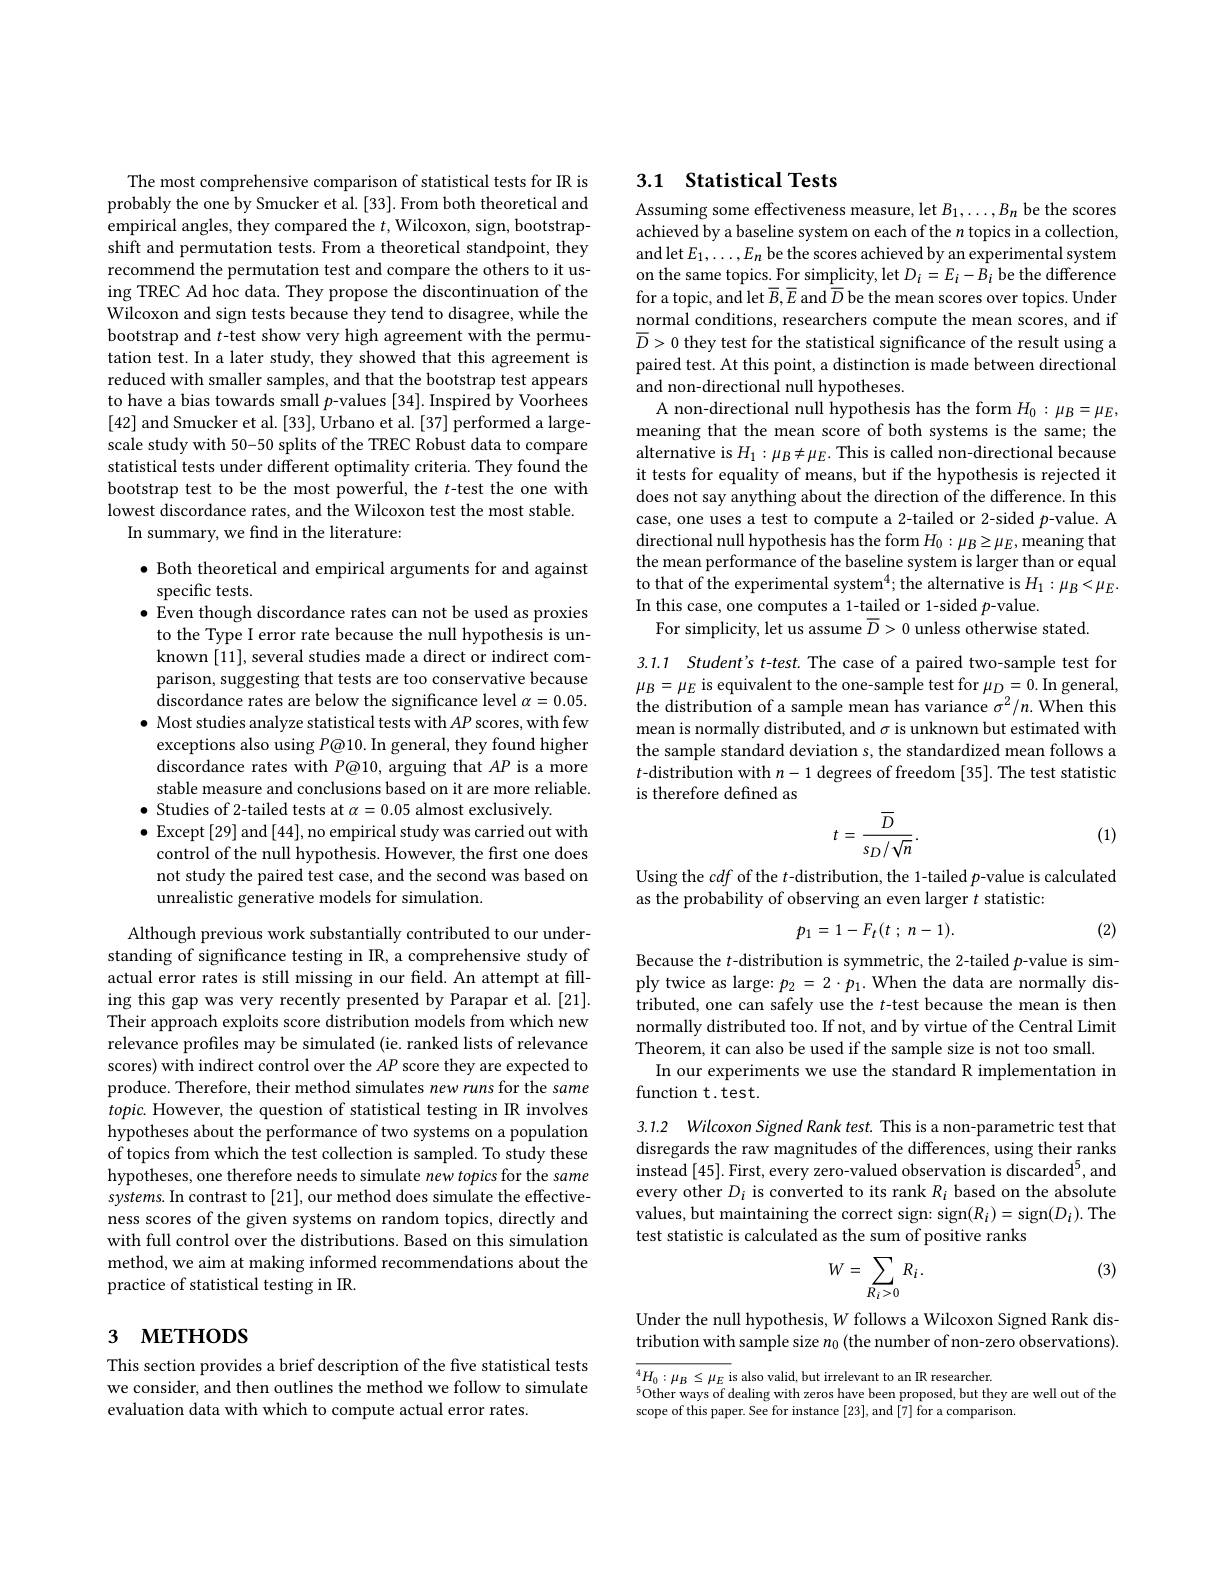
The most comprehensive comparison of statistical tests for IR is probably the one by Smucker et al. [33]. From both theoretical and empirical angles, they compared the $t$,Wilcoxon, sign, bootstrapshift and permutation tests. From a theoretical standpoint, they recommend the permutation test and compare the others to it using TREC Ad hoc data. They propose the discontinuation of the Wilcoxon and sign tests because they tend to disagree, while the bootstrap and t-test show very high agreement with the permutation test. In a later study, they showed that this agreement is reduced with smaller samples, and that the bootstrap test appears to have a bias towards small $p$-values [34]. Inspired by Voorhees [42] and Smucker et al. [33], Urbano et al. [37] performed a largescale study with 50-50 splits of the TREC Robust data to compare statistical tests under different optimality criteria. They found the bootstrap test to be the most powerful, the $t$-test the one with lowest discordance rates, and the Wilcoxon test the most stable.
In summary, we find in the literature:

$\bullet$ Both theoretical and empirical arguments for and against
specific tests.
$\bullet$ Even though discordance rates can not be used as proxies to the Type I error rate because the null hypothesis is unknown [11], several studies made a direct or indirect comparison, suggesting that tests are too conservative because discordance rates are below the significance level $\alpha=0.05.$ $\bullet$ Most studies analyze statistical tests with $AP$ scores, with few exceptions also using $P\textcircled{o}10.$ In general, they found higher discordance rates with P@10, arguing that $AP$ is a more stable measure and conclusions based on it are more reliable. $\bullet$ Studies of 2-tailed tests at $\alpha=0.05$ almost exclusively.
$\bullet$ Except [29] and [44], no empirical study was carried out with
control of the null hypothesis. However, the first one does not study the paired test case, and the second was based on unrealistic generative models for simulation.

Although previous work substantially contributed to our understanding of significance testing in IR, a comprehensive study of actual error rates is still missing in our field. An attempt at filling this gap was very recently presented by Parapar et al.[21]. Their approach exploits score distribution models from which new relevance profiles may be simulated (ie. ranked lists of relevance scores) with indirect control over the $AP$ score they are expected to produce. Therefore, their method simulates new runs for the same $topic.$ However, the question of statistical testing in IR involves hypotheses about the performance of two systems on a population of topics from which the test collection is sampled. To study these hypotheses, one therefore needs to simulate new topics for the same systems. In contrast to [21], our method does simulate the effectiveness scores of the given systems on random topics, directly and with full control over the distributions. Based on this simulation method, we aim at making informed recommendations about the practice of statistical testing in IR.

# 3 метнорs

This section provides a brief description of the five statistical tests we consider, and then outlines the method we follow to simulate evaluation data with which to compute actual error rates.

## 3.1 Statistical Tests

Assuming some effectiveness measure, let $B_1,\ldots,B_n$ be the scores achieved by a baseline system on each of the $n$ topics in a collection, and let $E_1,\ldots,E_n$ be the scores achieved by an experimental system on the same topics. For simplicity, let $D_i=E_i-B_i$ be the difference for a topic, and let $\overline B,\overline E$ and $\overline{D}$ be the mean scores over topics. Under normal conditions, researchers compute the mean scores, and if $\overline{D}>0$ they test for the statistical significance of the result using a paired test. At this point, a distinction is made between directional and non-directional null hypotheses.
A non-directional null hypothesis has the form $H_0:\mu_B=\mu_E$, meaning that the mean score of both systems is the same; the alternative is $H_1:\mu_B\neq\mu_E.$ This is called non-directional because it tests for equality of means, but if the hypothesis is rejected it does not say anything about the direction of the difference. In this case, one uses a test to compute a 2-tailed or 2-sided $p$-value. A $\operatorname*{directional}$ null hypothesis has the form $H_0:\mu_B\geq\mu_E$,meaning that the mean performance of the baseline system is larger than or equal to that of the experimental system$^4;$the alternative is $H_1:\mu_B<\mu_E.$ In this case, one computes a 1-tailed or 1-sided $p$-value.
For simplicity, let us assume $\overline{D}>0$ unless otherwise stated.

3.1.1 Student's t-test. The case of a paired two-sample test for $\mu_{B}=\mu_{E}$ is equivalent to the one-sample test for $\mu_D=0.$ In general, the distribution of a sample mean has variance $\sigma^2/n.$ When this mean is normally distributed, and $\sigma$ is unknown but estimated with the sample standard deviation s, the standardized mean follows a $t$-distribution with $n-1$ degrees of freedom [35]. The test statistic is therefore defined as

(1)
$$t=\frac{\overline{D}}{s_{D}/\sqrt{n}}.$$
Using the cdf of the $t$-distribution, the 1-tailed $p$-value is calculated
as the probability of observing an even larger $t$ statistic:
$$p_{1}=1-F_{t}(t\:;\:n-1).$$
(2)

Because the $t$-distribution is symmetric, the 2-tailed $p$-value is simply twice as large: $p_2=2\cdot p_1.$ When the data are normally distributed, one can safely use the $t$-test because the mean is then normally distributed too. If not, and by virtue of the Central Limit Theorem, it can also be used if the sample size is not too small.
In our experiments we use the standard R implementation in
function t.test.

3.1.2 Wilcoxon Signed Rank test. This is a non-parametric test that disregards the raw magnitudes of the differences, using their ranks instead [45]. First, every zero-valued observation is discarded$^5$,and every other $D_i$ is converted to its rank $R_i$ based on the absolute values, but maintaining the correct sign: sign$(R_i)=$sign$(D_i).$The test statistic is calculated as the sum of positive ranks

(3)
$$W=\sum_{R_i>0}R_i\:.$$
Under the null hypothesis, $W$ follows a Wilcoxon Signed Rank distribution with sample size $n_0$ (the number of non-zero observations).

$\overline{{^4H_0:\mu_B\leq\mu_E\text{ is also valid, but irrelevant to an IR researcher.}}}$
$^{5}$Other ways of dealing with zeros have been proposed, but they are well out of the
scope of this paper. See for instance [23], and [7] for a comparison.